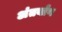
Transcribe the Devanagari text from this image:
अंतर्यांग